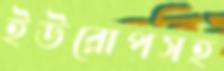
ইউরোপসহ